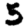
Digit: 5